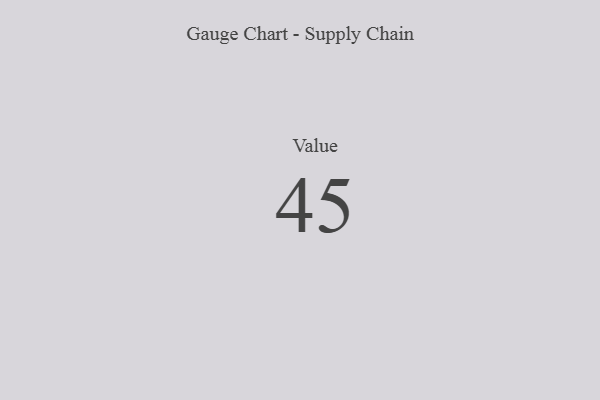
{"axis": {"x": "Metric", "y": "Value"}, "legend": [""], "data": [{"x": "Value", "y": 45, "type": ""}]}